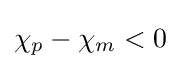
\chi _{p}-\chi _{m}<0